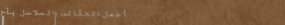
أجمل الحقائب والسلاسل بأح